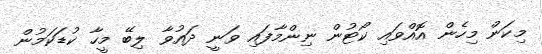
މިކަން މިހެން އޮއްވައި ކޯޓުން ނިންމާފައި ވަނީ ދައުވާ ލިބޭ މީހާ ކުޑަކަމުން